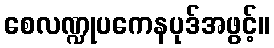
စေလဏ္ဍုပကေနပုဒ်အဖွင့်။